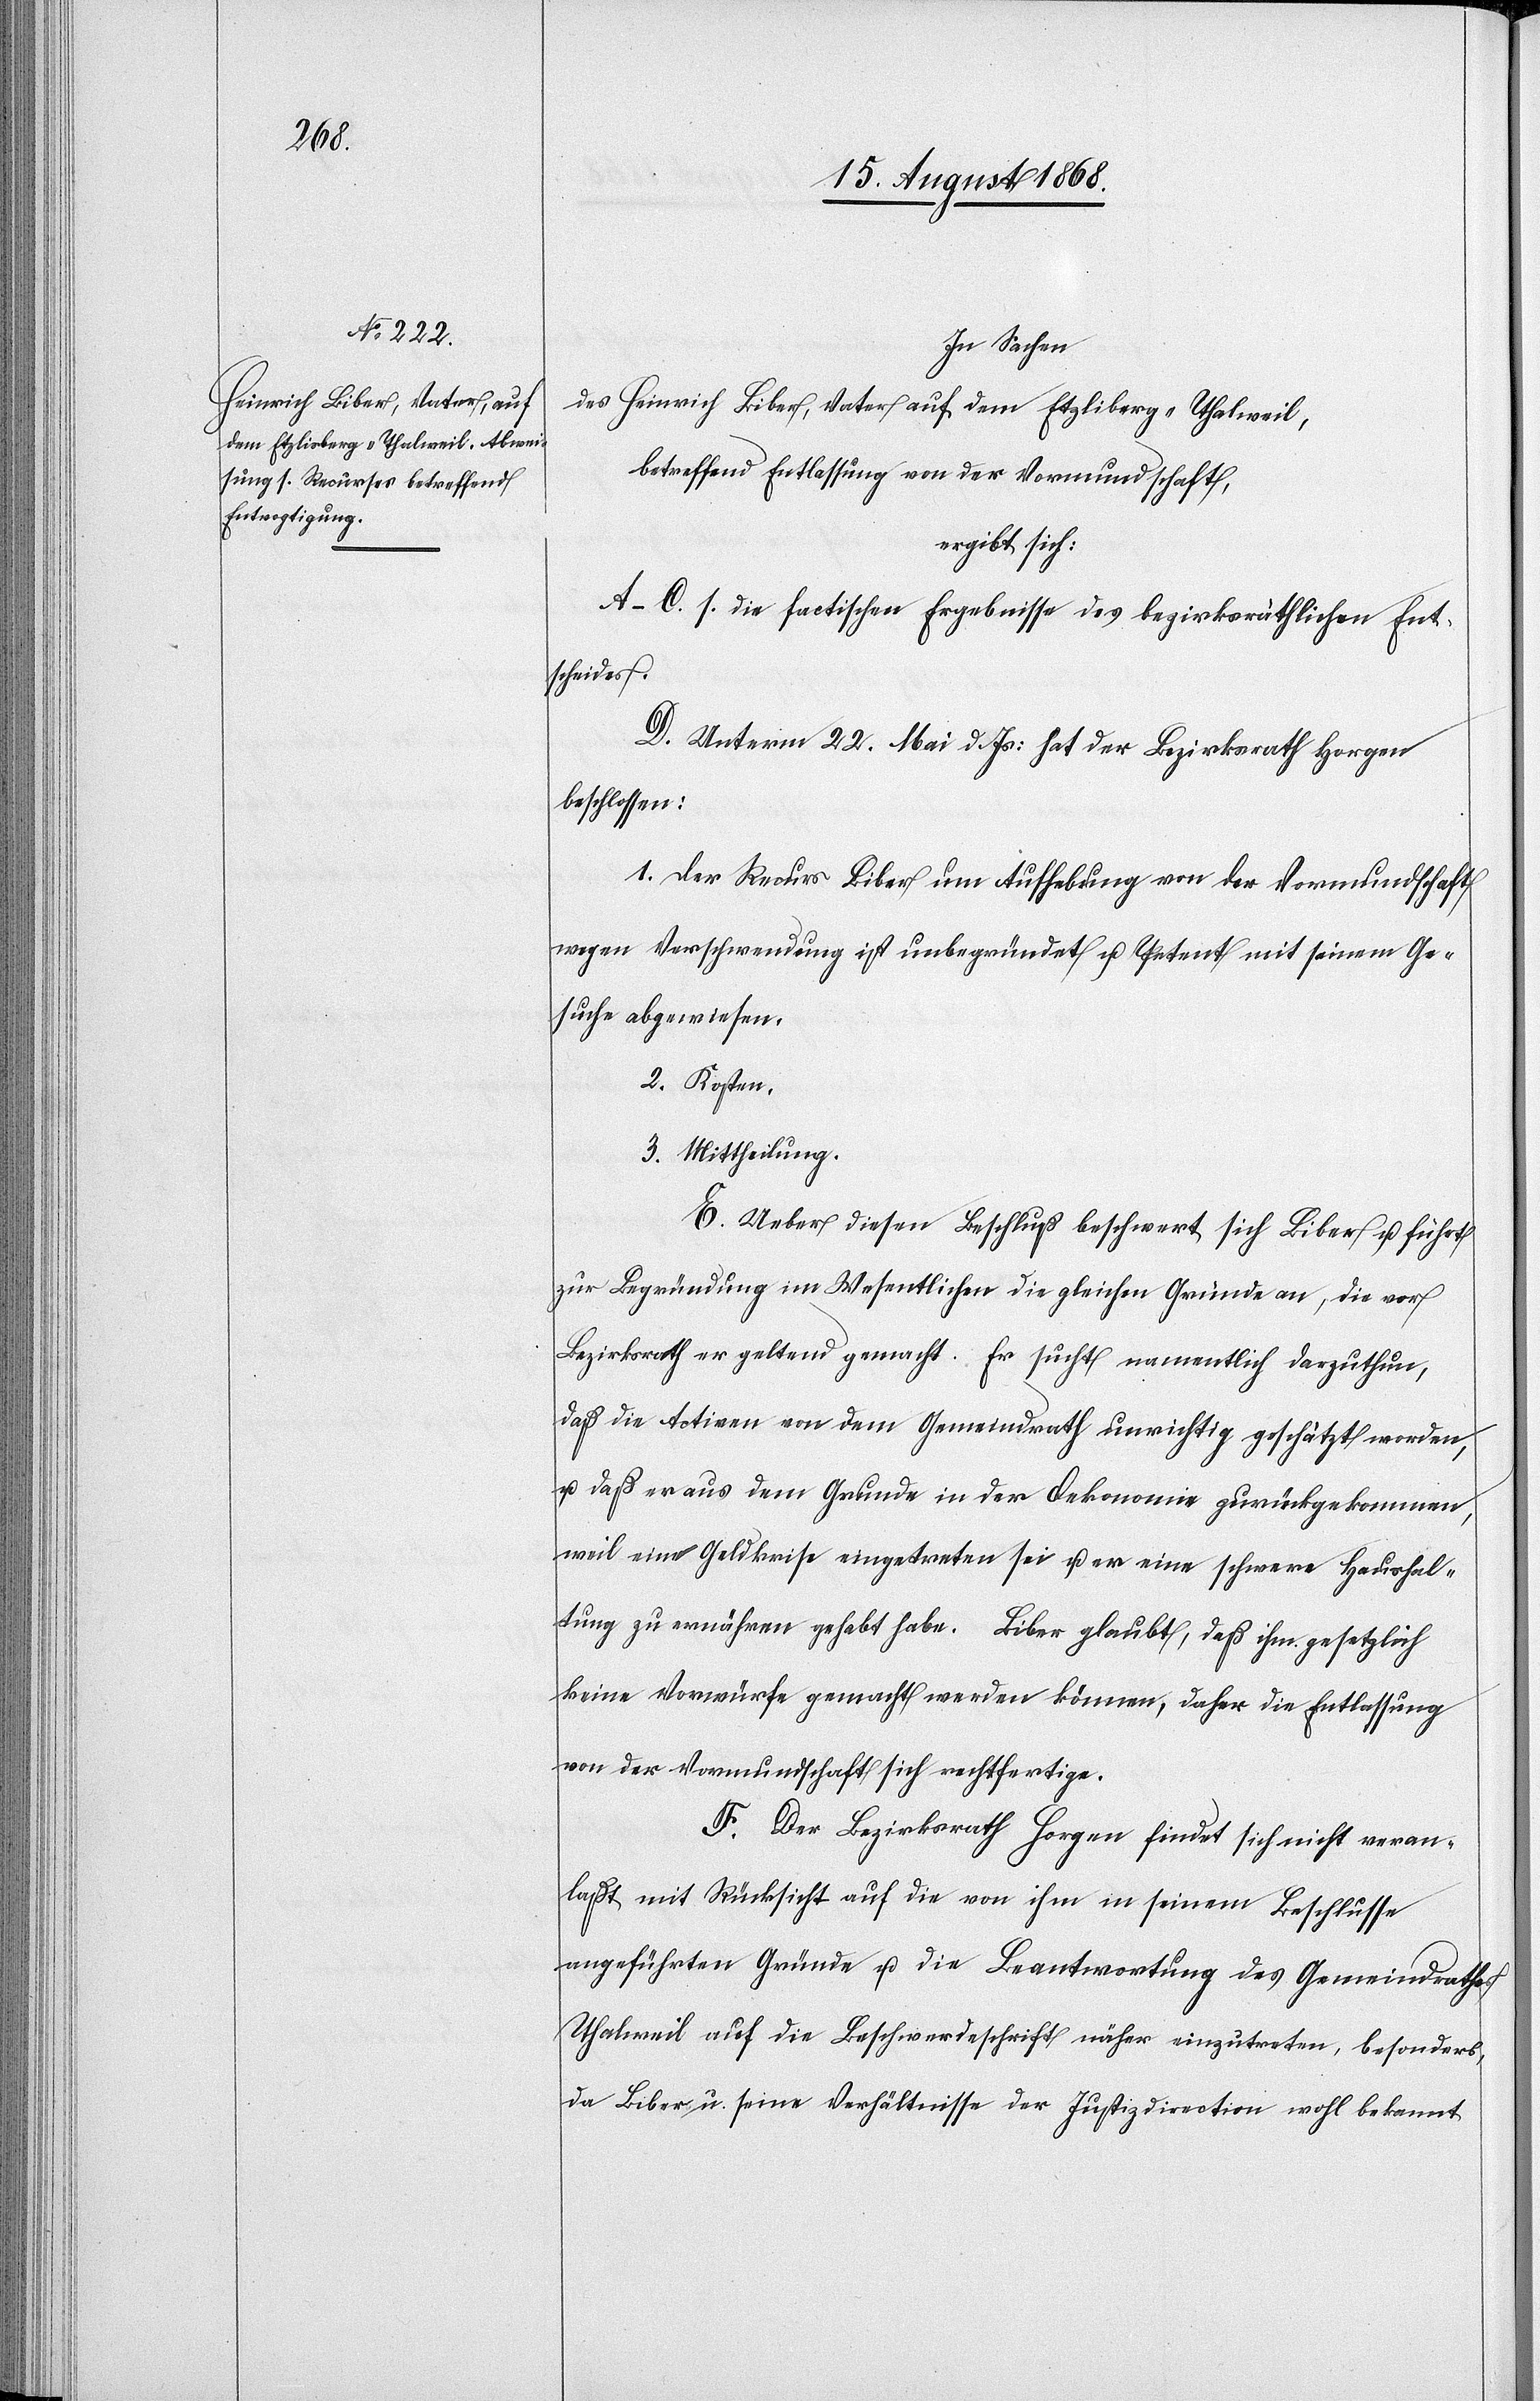
In Sachen
des Heinrich Biber, Vater auf dem Etzliberg - Thalweil,
betreffend Entlassung von der Vormundschaft,
ergibt sich:
A–C. s. die factischen Ergebnisse des bezirksräthlichen Ent¬
scheides.
D. Unterm 22. Mai d. Js: hat der Bezirksrath Horgen
beschlossen:
1. Der Recurs Biber um Aufhebung von der Vormundschaft
wegen Verschwendung ist unbegründet u. Petent mit seinem Ge¬
suche abgewiesen.
2. Kosten.
3. Mittheilung.
E. Ueber diesen Beschluß beschwert sich Biber u. führt
zur Begründung im Wesentlichen die gleichen Gründe an, die vor
Bezirksrath er geltend gemacht. Er sucht namentlich darzuthun,
daß die Activen von dem Gemeindrath unrichtig geschätzt worden,
u. daß er aus dem Grunde in der Oekonomie zurückgekommen,
weil eine Geldkrise eingetreten sei u. er eine schwere Haushal¬
tung zu ernähren gehabt habe. Biber glaubt, daß ihm gesetzlich
keine Vorwürfe gemacht werden können, daher die Entlassung
von der Vormundschaft sich rechtfertige.
F. Der Bezirksrath Horgen findet sich nicht veran¬
laßt mit Rücksicht auf die von ihm in seinem Beschlusse
angeführten Gründe u. die Beantwortung des Gemeindrathes
Thalweil auf die Beschwerdeschrift näher einzutreten, besonders,
da Biber u. seine Verhältnisse der Justizdirection wohl bekannt